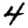
Digit: 4